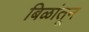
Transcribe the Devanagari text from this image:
बिळांतून